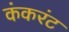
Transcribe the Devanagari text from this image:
कंकरंट